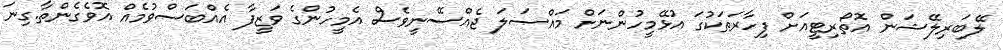
ލޭބަރިލޭޝަން އޮތޯރިޓީއަށް ފިހާރަތަކުގަ އުޅޭމީހުންނަށް މައްސަލަ ޖެއްސޭނީވެސް އެމީހުންގެ ވަޒީފާ އެއްބަސްވުމެއް އޮވެގެންތާ.ގިނަ